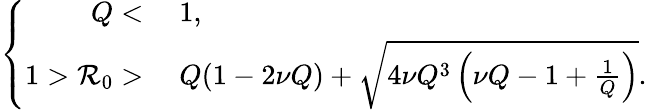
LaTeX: \left\{ \begin{array}{rl}{Q<}&{{}\; 1,}\\ {1>\mathcal{R}_{0}>}&{{}\; Q(1-2\nu Q)+\sqrt{4\nu Q^{3}\left(\nu Q-1+\frac{1}{Q}\right)}.}\end{array}\right.